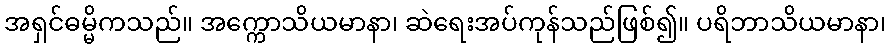
အရှင်ဓမ္မိကသည်။ အက္ကောသိယမာနာ၊ ဆဲရေးအပ်ကုန်သည်ဖြစ်၍။ ပရိဘာသိယမာနာ၊